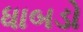
ધાબડો